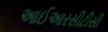
આઈઆરસીટીસી